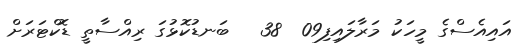
އައިއެސްގެ މީހަކު މަރާލައިފި09  38   ބަނޑުކޮޅުގަ ރިއްސާތީ ޑޮކްޓަރަށް